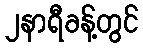
၂နာရီခန့်တွင်